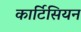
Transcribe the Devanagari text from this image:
कार्टिसियन